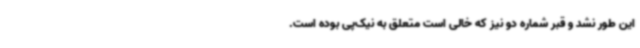
این طور نشد و قبر شماره دو نیز که خالی است متعلق به نیک‌پی بوده است.